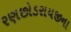
રણછોડરાયજીના